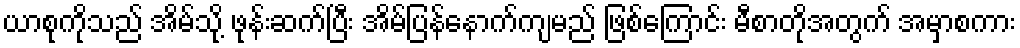
ယာစုကိုသည် အိမ်သို့ ဖုန်းဆက်ပြီး အိမ်ပြန်နောက်ကျမည် ဖြစ်ကြောင်း မီစာတိုအတွက် အမှာစကား